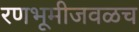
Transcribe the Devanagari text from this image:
रणभूमीजवळच